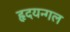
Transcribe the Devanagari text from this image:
हृदयन्गल